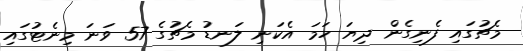
މެޗުގައި ފެނިގެން ދިޔަ ހަމަ އެކަނި ލަނޑު މެޗުގެ 57 ވަނަ މިނެޓުގައި